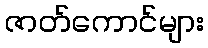
ဇာတ်ကောင်များ